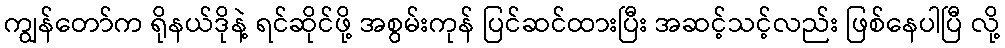
ကျွန်တော်က ရိုနယ်ဒိုနဲ့ ရင်ဆိုင်ဖို့ အစွမ်းကုန် ပြင်ဆင်ထားပြီး အဆင့်သင့်လည်း ဖြစ်နေပါပြီ လို့